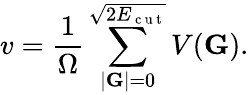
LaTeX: v=\frac{1}{\Omega}\sum_{|\mathbf{G}|=0}^{\sqrt{2E_{\mathrm{~c~u~t~}}}}V(\mathbf{G}).